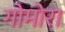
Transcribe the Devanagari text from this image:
गोमोरा